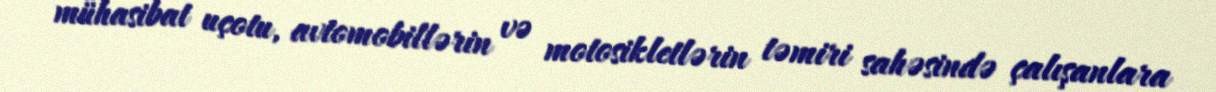
mühasibat uçotu, avtomobillərin və motosikletlərin təmiri sahəsində çalışanlara